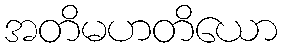
အတိမဟတိယော